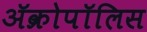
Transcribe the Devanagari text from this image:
ॲक्रोपॉलिस